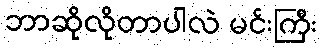
ဘာဆိုလိုတာပါလဲ မင်းကြီး